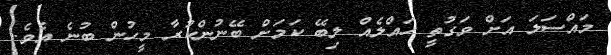
މައްސަލަ އަށް ވަގުތީ ހައްލެއް ލިބޭ ކަމަށް ބޭނުންކުރާ މީހުން ބުނެ އެވެ.